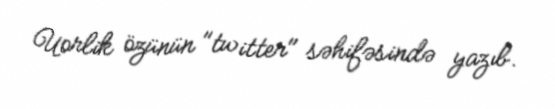
Uorlik özünün "twitter" səhifəsində yazıb.